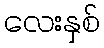
လေးနှစ်